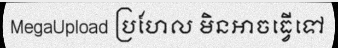
MegaUpload ប្រហែល មិនអាចធ្វើទៅ